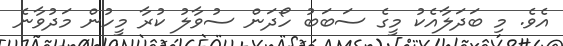
އެވެ. މި ބަދަލާއެކު މީގެ ސަބަބު ހޯދަން ސުވާލު ކުރާ މީހުން މަދުވާނެ